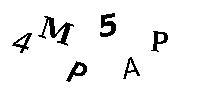
4MP5AP